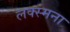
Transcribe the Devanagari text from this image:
लक्स्मना